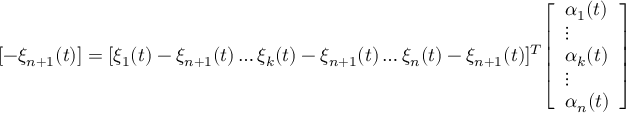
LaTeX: [ - \xi _ { n + 1 } ( t ) ] = [ \xi _ { 1 } ( t ) - \xi _ { n + 1 } ( t ) \dots \xi _ { k } ( t ) - \xi _ { n + 1 } ( t ) \dots \xi _ { n } ( t ) - \xi _ { n + 1 } ( t ) ] ^ { T } { \left[ \begin{array} { l } { \alpha _ { 1 } ( t ) } \\ { \vdots } \\ { \alpha _ { k } ( t ) } \\ { \vdots } \\ { \alpha _ { n } ( t ) } \end{array} \right] }